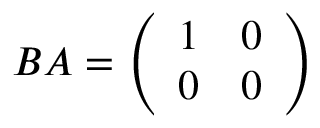
B A = { \left( \begin{array} { l l } { 1 } & { 0 } \\ { 0 } & { 0 } \end{array} \right) }